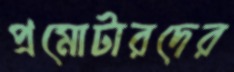
প্রমোটারদের